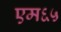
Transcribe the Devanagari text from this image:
एम६५